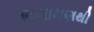
ભલામણથી